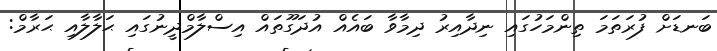
ބަނޑަށް ފުރަތަމަ ތިންމަހުގައި ނިދާއިރު ދިމާވާ ބައެއް އުދަގޫތައް އިސްލާމްދީނުގައި ޙަލާލާއި ޙަރާމް: